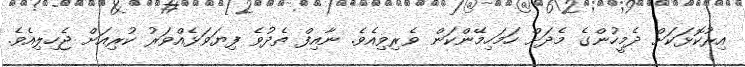
އިރުކޮޅަކަށް ދެމީހުންގެ މެދަށް ހަމަހިމޭންކަން ވެރިވިއެވެ. ނާއިފް ތެދުވެ ފިޔަވަޅެއްވަރު ކުރިއަށް ޖެހިލިއެވެ.